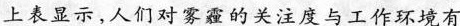
上表显示，人们对雾霾的关注度与工作环境有